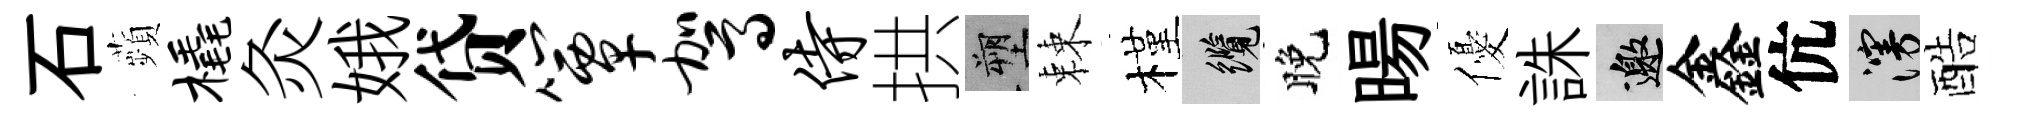
石蘋橇灸娥贷簟驾侍拱塑棘槿纜晚暘優誅邀鑫伉漫酷